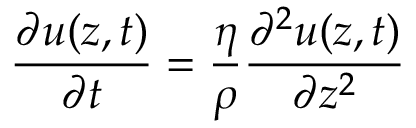
\frac { \partial u ( z , t ) } { \partial t } = \frac { \eta } { \rho } \frac { \partial ^ { 2 } u ( z , t ) } { \partial { z } ^ { 2 } }